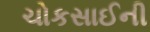
ચોકસાઈની